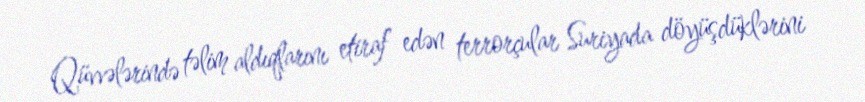
Qüvvələrində təlim aldıqlarını etiraf edən terrorçular Suriyada döyüşdüklərini